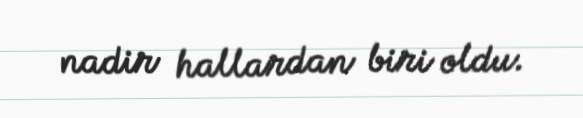
nadir hallardan biri oldu.